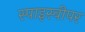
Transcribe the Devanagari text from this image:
स्पाइस्वीपर